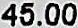
45.00